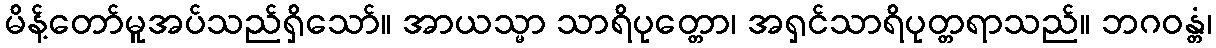
မိန့်တော်မူအပ်သည်ရှိသော်။ အာယသ္မာ သာရိပုတ္တော၊ အရှင်သာရိပုတ္တရာသည်။ ဘဂဝန္တံ၊